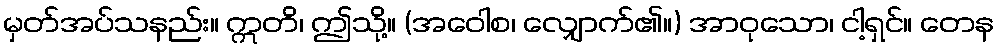
မှတ်အပ်သနည်း။ ဣတိ၊ ဤသို့။ (အဝေါစ၊ လျှောက်၏။) အာဝုသော၊ ငါ့ရှင်။ တေန